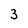
Character: 3